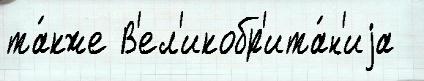
та́кже В'ел'икобр'ита́н'иjа